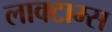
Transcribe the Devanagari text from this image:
लाक्टाम्स